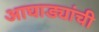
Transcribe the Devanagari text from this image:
आघाड्यांची